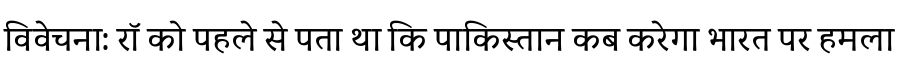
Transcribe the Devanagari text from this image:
विवेचना: रॉ को पहले से पता था कि पाकिस्तान कब करेगा भारत पर हमला